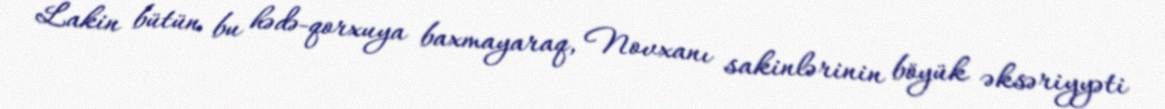
Lakin bütün bu hədə-qorxuya baxmayaraq, Novxanı sakinlərinin böyük əksəriyyəti